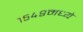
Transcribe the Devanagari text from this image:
१५४९मध्ये